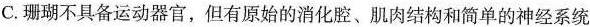
C.珊瑚不具备运动器官，但有原始的消化腔、肌肉结构和简单的神经系统